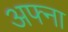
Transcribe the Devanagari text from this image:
अफ्ना